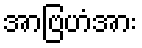
အာဗြဟံအား